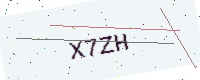
Text: X7ZH